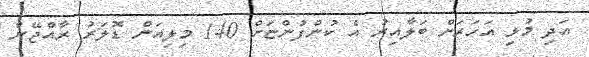
އަދި މުޅި އަހަރަށް ބަލާއިރު އެ ކުންފުންޏަށް 140 މިލިއަން ޑޮލަރު ރާއްޖޭން